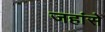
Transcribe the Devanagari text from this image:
जहांसे